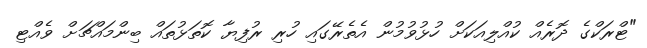
"ޓްރަކްގެ ދޮރެއް ކުއްލިއަކަށް ހުޅުވުމުން އެތެރޭގައި ހުރި ރުފިޔާ ކޮތަޅުތައް ބިންމައްޗަށް ވެއްޓި